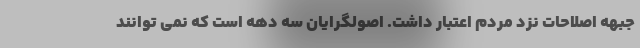
جبهه اصلاحات نزد مردم اعتبار داشت. اصولگرایان سه دهه است که نمی توانند